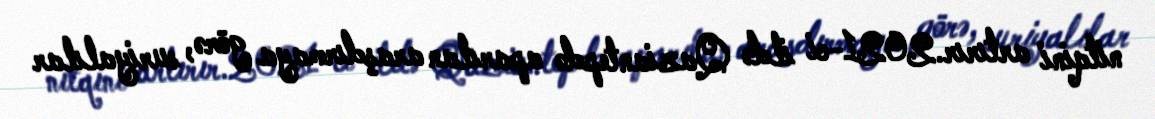
nitqini artırır.2021-ci ildə Qaziantepdə aparılan araşdırmaya görə, suriyalılar